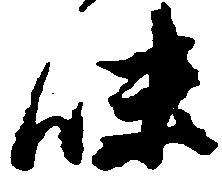
味